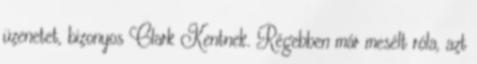
üzenetet, bizonyos Clark Kentnek. Régebben már mesélt róla, azt